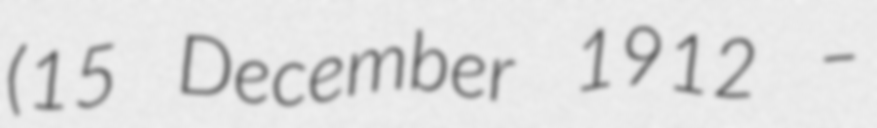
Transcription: (15 December 1912 –